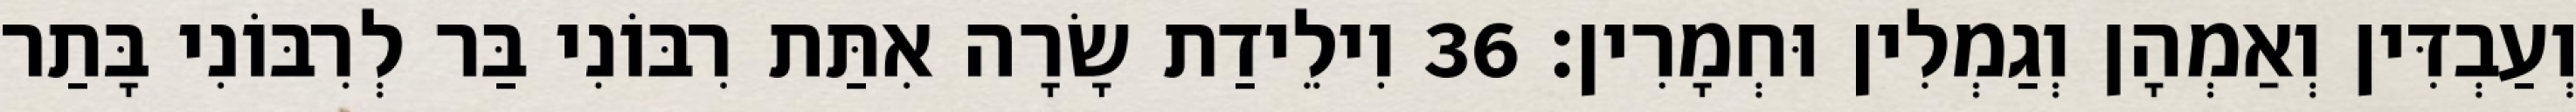
וְעַבְדִּין וְאַמְהָן וְגַמְלִין וּחְמָרִין׃ 36 וִילֵידַת שָׂרָה אִתַּת רִבּוֹנִי בַּר לְרִבּוֹנִי בָּתַר